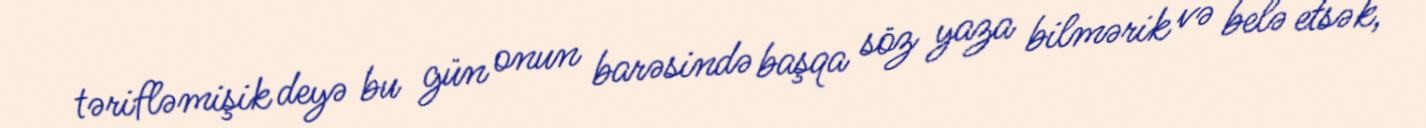
tərifləmişik deyə bu gün onun barəsində başqa söz yaza bilmərik və belə etsək,